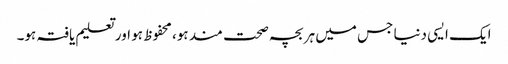
ایک ایسی دنیا جس میں ہر بچہ صحت مند ہو، محفوظ ہو اور تعلیم یافتہ ہو۔